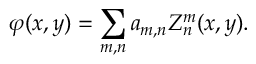
\varphi ( x , y ) = \sum _ { m , n } a _ { m , n } Z _ { n } ^ { m } ( x , y ) .